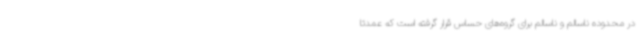
در محدوده ناسالم و ناسالم برای گروه‌های حساس قرار گرفته است که عمدتا